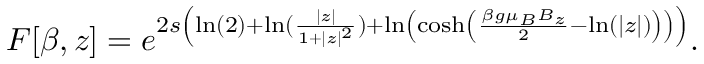
F [ \beta , z ] = e ^ { 2 s \left( \ln ( 2 ) + \ln ( \frac { | z | } { 1 + | z | ^ { 2 } } ) + \ln \left( \cosh \left( \frac { \beta g \mu _ { B } B _ { z } } { 2 } - \ln ( | z | ) \right) \right) \right) } .